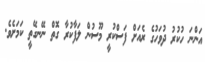
އަންނަ ހުކުރު ދުވަހުގެ ރެއަށް ފަސްކުރީ މޫސުން ލަފާކުރާ ގޮތް ނޭނގޭތީ ކަމަށެވެ.